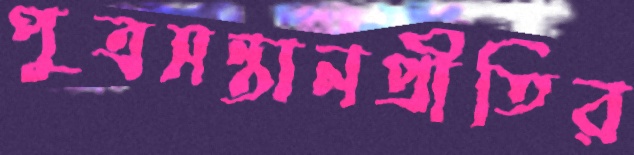
পুত্রসন্তানপ্রীতির